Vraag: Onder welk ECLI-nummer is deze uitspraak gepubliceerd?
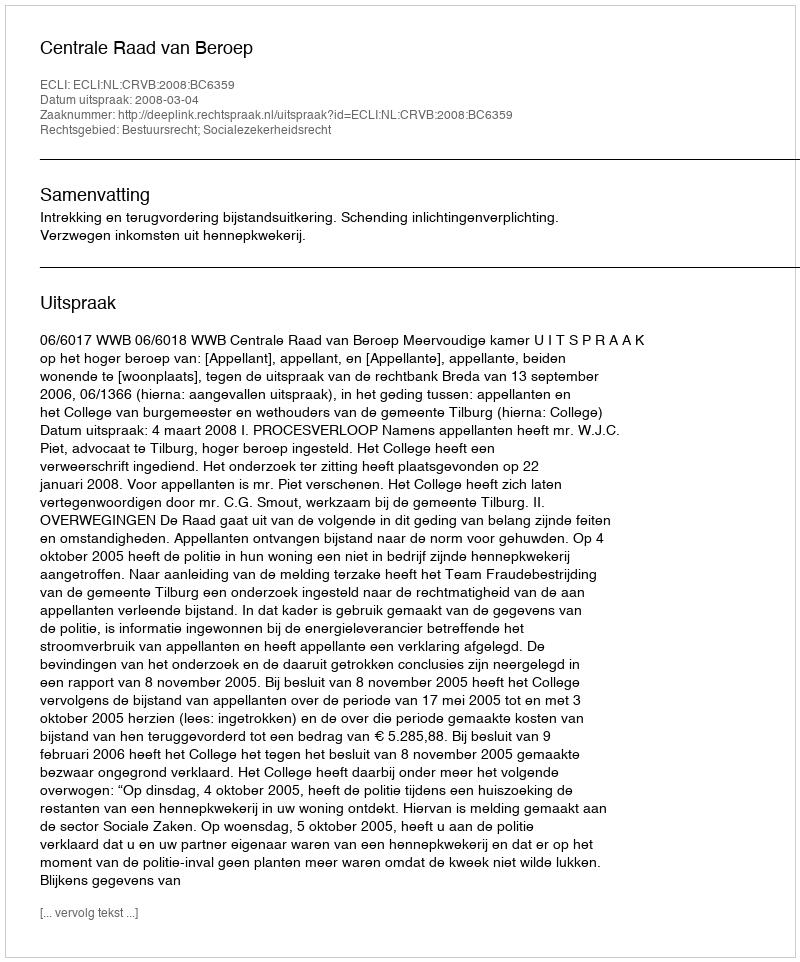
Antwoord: ECLI:NL:CRVB:2008:BC6359